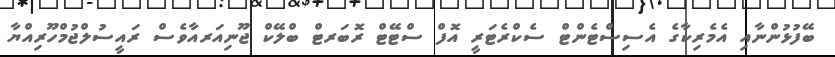
ބޭފުޅުންނާއި އެމެރިކާގެ އެސިސްޓެންޓް ސެކްރެޓަރީ އޮފް ސްޓޭޓް ރޮބަރޓް ބްލޭކް ޖޫނިއަރއާވެސް ރައީސުލްޖުމްހޫރިއްޔާ